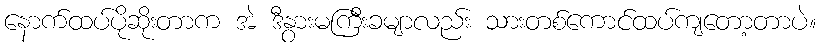
နောက်ထပ်ပိုဆိုးတာက အဲ ဒီနွားမကြီးခမျာလည်း သားတစ်ကောင်ထပ်ကျတော့တာပဲ။